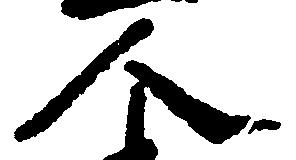
人